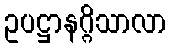
ဥပဋ္ဌာနဂ္ဂိသာလာ